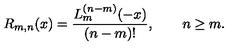
R _ { m , n } ( x ) = \frac { L _ { m } ^ { ( n - m ) } ( - x ) } { ( n - m ) ! } , \qquad n \ge m .